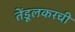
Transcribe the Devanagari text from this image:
तेंडूलकरची